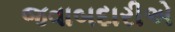
જવાબદારીએ